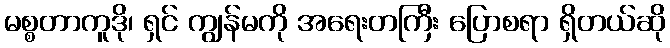
မစ္စတာကူဒို၊ ရှင် ကျွန်မကို အရေးတကြီး ပြောစရာ ရှိတယ်ဆို